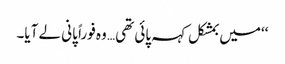
‘‘میں بمشکل کہہ پائی تھی… وہ فوراً پانی لے آیا۔